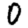
Digit: 0